Annual report on the lock hospitals of the Madras Presidency
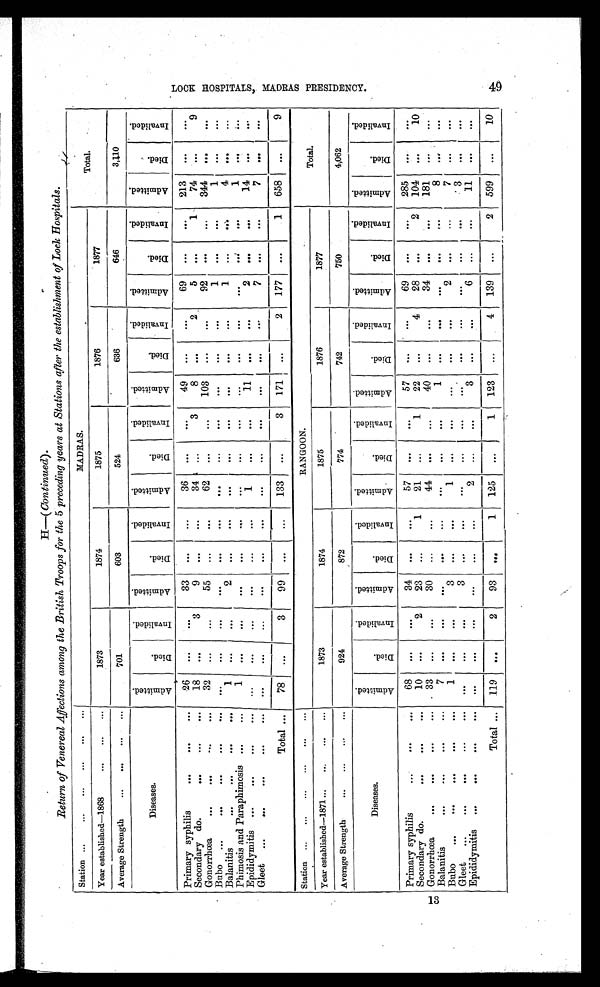
H— (Continued).
Return of Venereal Affections among the British Troops for the 5 preceding years at Stations after the establishment of Lock Hospitals.
Station ...
. . .
. . .
. . .
. . .
. . .
MADRAS.
Total.
Year established—1868
. . .
. . .
. . .
1873
1874
1875
1876
1877
Average Strength
...
... ... ...
701
603
524
636
646
3,110
Diseases.
A d m i t t e d .
D i e d .
I n v a l i d e d .
A d m i t t e d .
D i e d .
I n v a l i d e d .
A d m i t t e d .
D i e d .
I n v a l i d e d .
A d m i t t e d .
D i e d .
I n v a l i d e d .
A d m i t t e d .
D i e d .
I n v a l i d e d .
A d m i t t e d .
D i e d .
I n v a l i d e d .
Primary syphilis
... ... ...
26
. . .
. . .
33
. . .
. . .
36
...
. . .
49
. . .
. . .
69
. . .
. . .
213
. . . ...
Secondary do.
... ... ...
18
. . .
3
9
. . .
...
34 ...
3
8
. . .
2
5
. . .
1
74
. . .
9
Gonorrhœa
... ... ... ...
32
. . .
. . .
55
. . .
. . .
62
. . .
...
103
. . .
. . .
92
. . .
. . .
344
. . .
. . .
Bubo ...
... ... ... ...
. . .
. . .
. . .
...
. . .
...
. . .
. . .
. . .
. . .
. . .
. . .
1
. . .
. . .
1
. . .
. . .
Balanitis...
...
. . . . . .
1
...
. . .
2
...
. . .
. . .
. . .
. . .
. . .
. . .
. . .
1
...
. . .
4
. . .
...
Phimosis and Paraphimosis ...
...
1
. . .
. . .
. . .
. . .
...
. . .
...
. . .
...
. . .
. . .
. . .
. . .
. . .
1
. . .
. . .
Epididymitis ...
... ... ...
. . .
...
...
. . .
. . .
...
1
. . .
. . .
11
. . .
. . .
2
. . .
. . .
14
. . .
. . .
Gleet ...
... ... ... ... ...
. . .
. . .
. . .
. . .
. . .
. . .
. . .
. . .
. . .
. . .
. . .
7
. . .
. . .
7
. . .
. . .
Total ...
78
...
3
99
...
. . .
133
. . .
3
171
. . .
2
177
. . .
1
658
. . .
9
Station ...
...
... ... ... ...
RANGOON.
Total.
Year established—1871 ...
...
..
.
...
1873
1874
1875
1876
1877
Average Strength
... ... ... ...
924
872
774
742
750
4,062
Diseases.
A d m i t t e d .
D i e d .
I n v a l i d e d .
A d m i t t e d .
D i e d .
I n v a l i d e d .
A d m i t t e d .
D i e d .
I n v a l i d e d .
A d m i t t e d .
D i e d .
I n v a l i d e d .
A d m i t t e d .
D i e d .
I n v a l i d e d .
A d m i t t e d .
D i e d .
I n v a l i d e d .
Primary syphilis
...
...
...
68
. . .
. . .
34
. . .
. . .
57
. . .
. . .
57
. . .
. . .
69
. . .
. . .
285
. . .
. . .
Secondary do.
... ...
...
10
. . .
2
23
. . .
1
21
. . .
1
22
. . .
4
28
. . .
2
104
. . .
10
Gonorrhœa
... ... ... ...
33
. . .
. . .
30
. . .
. . .
44
. . .
. . .
40
...
...
34
. . .
. . .
181
...
. . .
Balanitis
... ... ... ...
7
. . .
. . .
. . .
. . .
. . .
. . .
. . .
. . .
1
. . .
. . .
. . .
. . .
. . .
8
. . .
...
Bubo
... ... ... ... ...
1
. . .
...
3
. . .
...
1
...
. . .
. . . . . .
. . .
2
. . .
. . .
7
. . .
. . .
Gleet
... ... ... ... ...
. . .
. . .
. . .
3
. . .
...
. . .
. . .
. . .
. . .
. . .
. . .
. . .
. . .
. . .
3
. . .
...
Epididymitis ...
... ... ...
. . . ...
. . .
...
. . .
. . .
2
. . .
. . .
3
. . .
...
6 ...
. . .
11
. . .
...
Total ...
119
. . .
2
93
. . .
1
125
. . .
1
123
...
4
139
...
2 599
. . .
10
L O C K H O S P I T A L S , M A D R A S P R E S I D E N C Y . 4 9